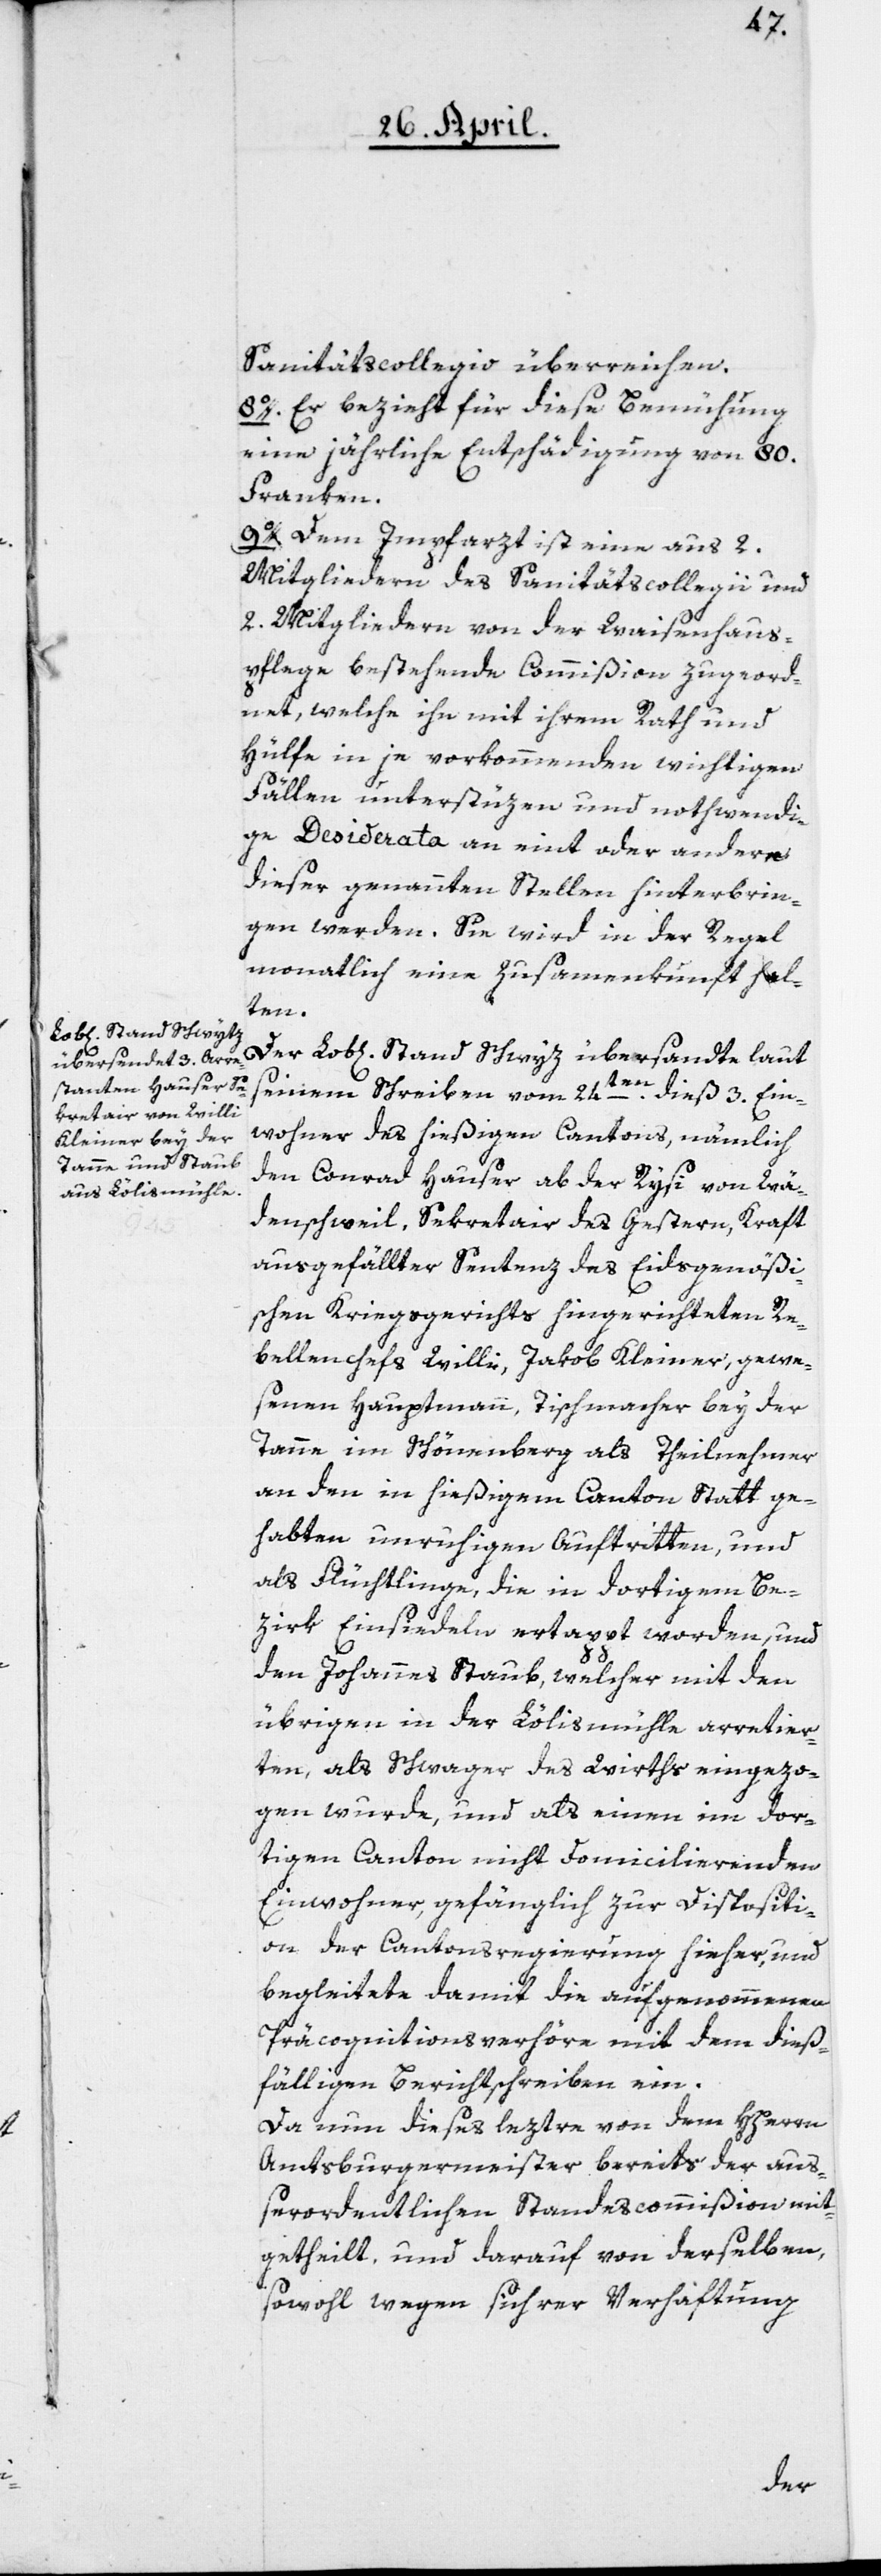
Sanitätscollegio überreichen.
8o. Er bezieht für diese Bemühung
eine jährliche Entschädigung von 80.
Franken.
9o. Dem Impfarzt ist eine aus 2.
Mitgliedern des Sanitätscollegii und
2. Mitgliedern von der Waisenhaus¬
pflege bestehende Commißion zugeord¬
net, welche ihn mit ihrem Rath und
Hülfe in je vorkommenden wichtigen
Fällen unterstüzen und nothwendi¬
ge Desiderata an eint oder andere
dieser genannten Stellen hinterbrin¬
gen werden. Sie wird in der Regel
monatlich eine Zusammenkunft hal¬
ten.
Der Lob[liche] Stand Schwyz übersandte laut
seinem Schreiben vom 24ten dieß 3. Ein¬
wohner des hießigen Cantons, nämlich
den Conrad Hauser ab der Rysi von Wä¬
denschweil, Sekretair des gestern, Kraft
ausgefällter Sentenz des Eidsgenößis¬
chen Kriegsgerichts hingerichteten Re¬
bellenchefs Willi, Jakob Kleiner, gewe¬
senen Hauptmann, Tischmacher bey der
Tanne im Schönenberg als Theilnehmer
an den in hießigem Canton Statt ge¬
habten unruhigen Auftritten, und
als Flüchtlinge, die in dortigem Be¬
zirk Einsiedeln ertappt worden, und
den Johannes Staub, welcher mit den
übrigen in der Lölismühle arretier¬
ten, als Schwager des Wirths eingezo¬
gen wurde, und als einen im dor¬
tigen Canton nicht domicilierenden
Einwohner, gefänglich zur Dispositi¬
on der Cantonsregierung hieher, und
begleitete damit die aufgenommenen
Präcognitionsverhöre mit dem dieß¬
fälligen Berichtschreiben ein.
Da nun dieses leztre von dem HHerrn
Amtsburgermeister bereits der auß¬
erordentlichen Standescommißion mit¬
getheilt, und darauf von derselben,
sowohl wegen sichrer Verhaftung